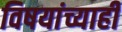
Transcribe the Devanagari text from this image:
विषयांच्याही